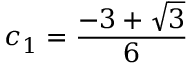
c _ { 1 } = \frac { - 3 + \sqrt { 3 } } { 6 }